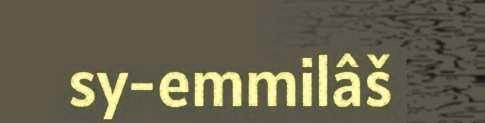
sy-emmilâš